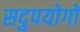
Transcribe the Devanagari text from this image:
सदुपयोगों